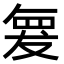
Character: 𮊆